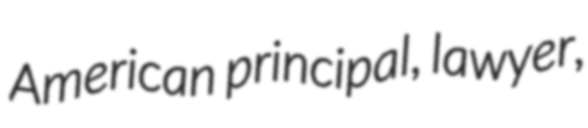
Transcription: American principal, lawyer,